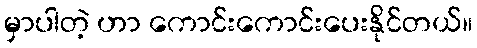
မှာပါတဲ့ ဟာ ကောင်းကောင်းပေးနိုင်တယ်။